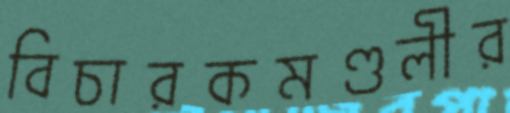
বিচারকমণ্ডলীর